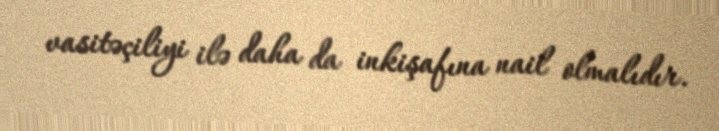
vasitəçiliyi ilə daha da inkişafına nail olmalıdır.